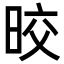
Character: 晈